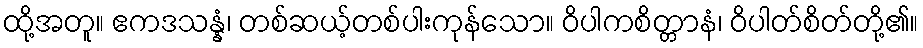
ထို့အတူ။ ဧကဒသန္နံ၊ တစ်ဆယ့်တစ်ပါးကုန်သော။ ဝိပါကစိတ္တာနံ၊ ဝိပါတ်စိတ်တို့၏။